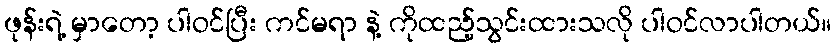
ဖုန်းရဲ့ မှာတော့ ပါဝင်ပြီး ကင်မရာ နဲ့ ကိုထည့်သွင်းထားသလို ပါဝင်လာပါတယ်။